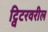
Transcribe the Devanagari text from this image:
ट्विटरवरील